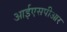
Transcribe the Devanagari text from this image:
आईएसपीआर